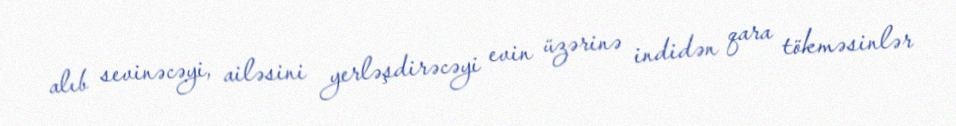
alıb sevinəcəyi, ailəsini yerləşdirəcəyi evin üzərinə indidən qara tökməsinlər